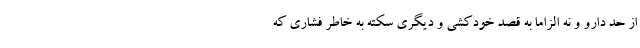
از حد دارو و نه الزاما به قصد خودکشی و دیگری سکته به خاطر فشاری که